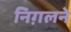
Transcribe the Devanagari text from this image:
निग़लने